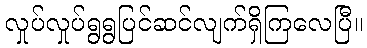
လှုပ်လှုပ်ရွရွပြင်ဆင်လျက်ရှိကြလေပြီ။